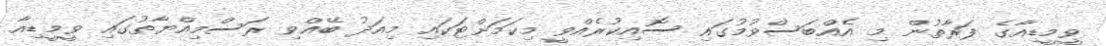
ވީމީޑިއާގެ ފަރާތުން މި އެއްބަސްވުމުގައި ސޮއިކުރެއްވީ މިކަމަށްޓަކައި މިއަދު ބޭއްވި ރަސްމިއްޔާތުގައި ވީމީޑިއާ